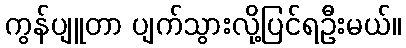
ကွန်ပျူတာ ပျက်သွားလို့ပြင်ရဦးမယ်။